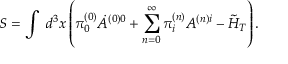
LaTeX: S = \int \ d ^ { 3 } x \left( \pi _ { 0 } ^ { ( 0 ) } \dot { A } ^ { ( 0 ) 0 } + \sum _ { n = 0 } ^ { \infty } \pi _ { i } ^ { ( n ) } A ^ { ( n ) i } - \tilde { \cal H } _ { T } \right) .